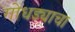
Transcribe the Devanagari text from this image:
गोधड्याचा